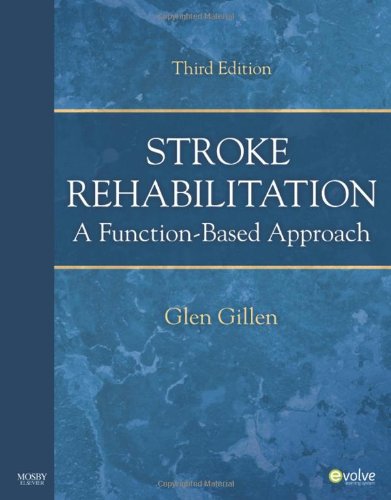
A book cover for Stroke Rehabilitation: A Function-Based Approach, 3e; Glen Gillen; Health, Fitness & Dieting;